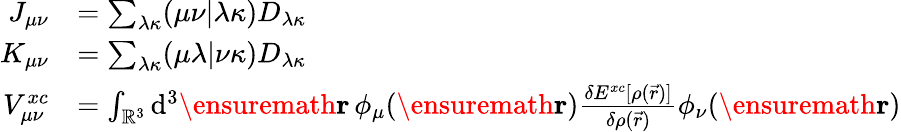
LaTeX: \begin{array}{rl}{J_{\mu\nu}}&{=\sum_{\lambda\kappa}(\mu\nu\vert\lambda\kappa)D_{\lambda\kappa}}\\ {K_{\mu\nu}}&{=\sum_{\lambda\kappa}(\mu\lambda\vert\nu\kappa)D_{\lambda\kappa}}\\ {V_{\mu\nu}^{xc}}&{=\int_{\mathbb{R}^{3}}\mathrm{d}^{3}\ensuremath\mathbf{r}\, \phi_{\mu}(\ensuremath\mathbf{r})\frac{\delta E^{xc}[\rho(\vec{r})]}{\delta\rho(\vec{r})}\phi_{\nu}(\ensuremath\mathbf{r})}\end{array}